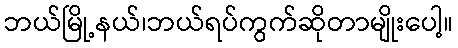
ဘယ်မြို့နယ်၊ဘယ်ရပ်ကွက်ဆိုတာမျိုးပေါ့။